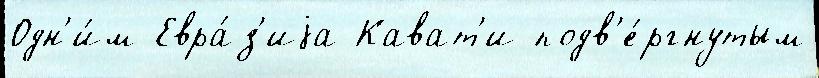
Одн'и́м Евра́з'иjа Кават'и подв'е́ргнутым